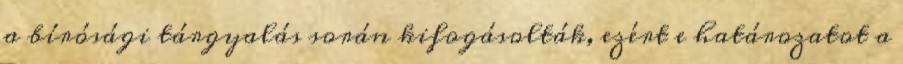
a bírósági tárgyalás során kifogásolták, ezért e határozatot a